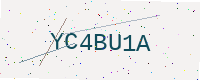
Text: YC4BU1A